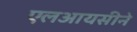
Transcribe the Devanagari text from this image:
एलआयसीने